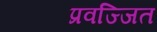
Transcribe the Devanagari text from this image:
प्रवज्जित